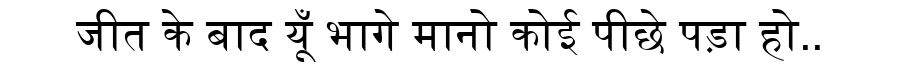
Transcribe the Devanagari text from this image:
जीत के बाद यूँ भागे मानो कोई पीछे पड़ा हो..